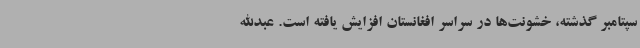
سپتامبر گذشته، خشونت‌ها در سراسر افغانستان افزایش یافته است. عبدالله